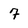
Character: 7